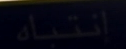
انتباه